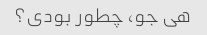
هی جو، چطور بودی؟